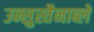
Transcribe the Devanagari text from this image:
उन्सुस्तैनाब्ले